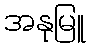
အနုမြူ